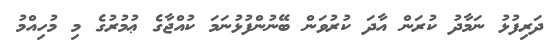
ދަރިފުޅު ނަމާދު ކުރަން އާދަ ކުރުވަން ބޭނުންފުޅުނަމަ ކުއްޖާގެ ޢުމުރުގެ މި މުހިއްމު